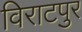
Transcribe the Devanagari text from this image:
विराटपुर